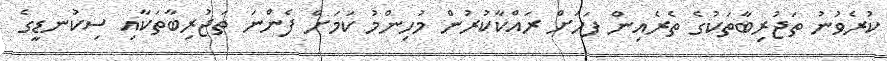
ކުރެވުނު ތަޖުރިބާތަކުގެ ތެރެއިން ފަހަށް ރައްކާކުރުން މުހިންމު ކަމަށް ފެންނަ ތަޖުރިބާތަކާއި ސިކުނޑީގެ